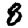
Digit: 8